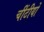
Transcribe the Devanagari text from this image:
चींटीयों